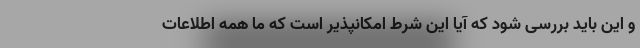
و این باید بررسی شود که آیا این شرط امکانپذیر است که ما همه اطلاعات